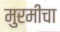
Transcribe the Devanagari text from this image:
मुरमीचा